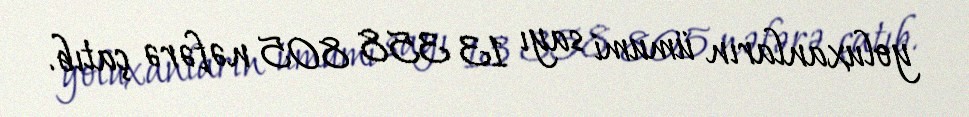
yoluxanların ümumi sayı 13 358 805 nəfərə çatıb.